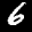
Label: 6